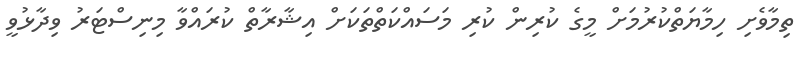
ތިމާވެށި ހިމާޔަތްކުރުމަށް މީގެ ކުރިން ކުރި މަސައްކަތްތަކަށް އިޝާރާތް ކުރައްވާ މިނިސްޓަރު ވިދާޅުވީ